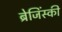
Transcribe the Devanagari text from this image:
ब्रेजिंस्की